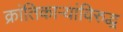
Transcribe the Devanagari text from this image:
क्रांतिकाऱ्यांविरुद्ध